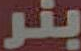
بنر